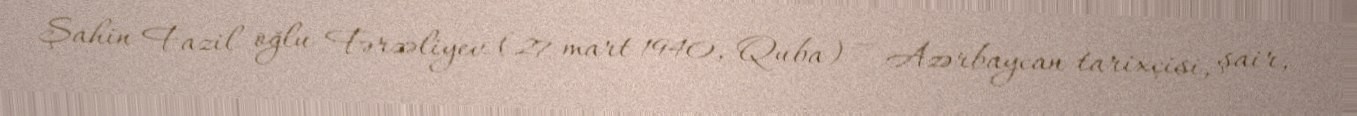
Şahin Fazil oğlu Fərzəliyev (27 mart 1940, Quba) — Azərbaycan tarixçisi, şair,